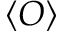
\langle O \rangle